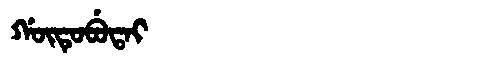
Manchu: ᡤᡡᡨᡠᠪᡠᡨᠠᡳ
Romanization: GŪTUBUTAI